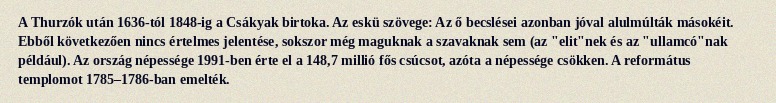
A Thurzók után 1636-tól 1848-ig a Csákyak birtoka. Az eskü szövege: Az ő becslései azonban jóval alulmúlták másokéit. Ebből következően nincs értelmes jelentése, sokszor még maguknak a szavaknak sem (az "elit"nek és az "ullamcó"nak például). Az ország népessége 1991-ben érte el a 148,7 millió fős csúcsot, azóta a népessége csökken. A református templomot 1785–1786-ban emelték.